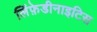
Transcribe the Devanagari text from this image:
लिंफ़ेडीनाइटिस